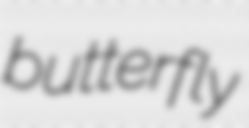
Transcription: butterfly